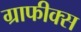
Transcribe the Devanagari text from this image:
ग्राफीक्स